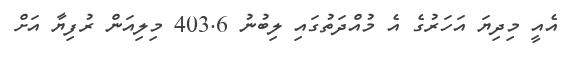
އެއީ މިދިޔަ އަހަރުގެ އެ މުއްދަތުގައި ލިބުނު 403.6 މިލިއަން ރުފިޔާ އަށް